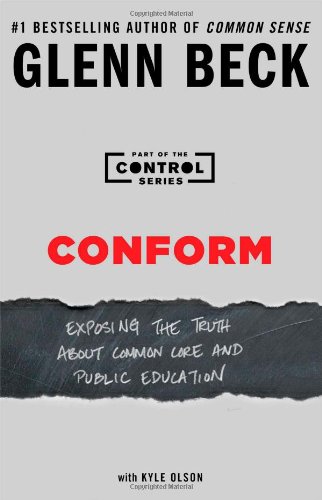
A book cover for Conform: Exposing the Truth About Common Core and Public Education (The Control Series); Glenn Beck; Education & Teaching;